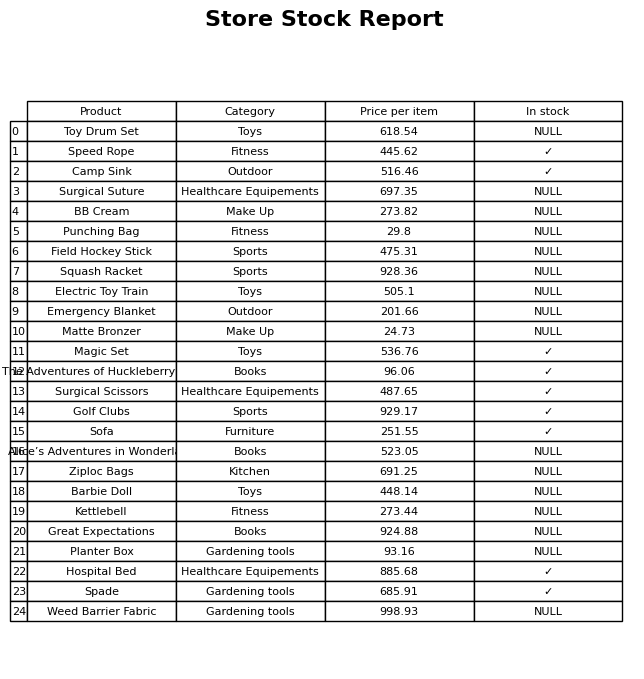
question: What is the stock status of the Ziploc Bags?
answer: NULL